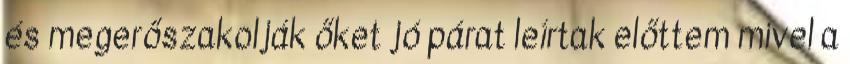
és megerőszakolják őket jó párat leírtak előttem mivel a